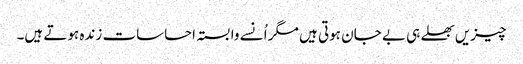
چیزیں بھلے ہی بے جان ہوتی ہیں مگر اُنسے وابستہ احساسات زندہ ہوتے ہیں۔